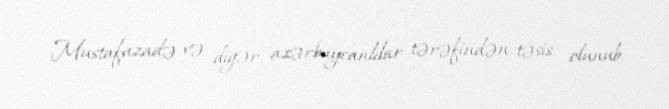
Mustafazadə və digər azərbaycanlılar tərəfindən təsis olunub.